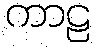
ကာဠ